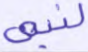
لنبي